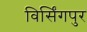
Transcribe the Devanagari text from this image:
विर्सिंगपुर